Report on lock hospitals in British Burma
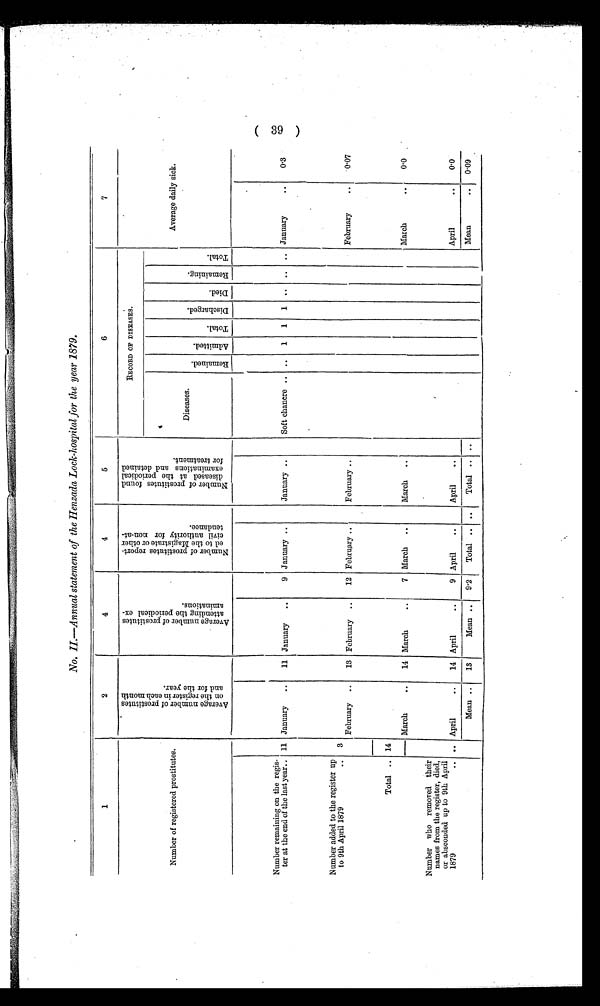
No. II—Annual statement of the Henzada Lock-hospital for the year 1879.
1
2
3 4
5
6
7
Number of registered prostitutes.
A v e r a g e n u m b e r o f p r o s t i t u t e s o n t h e r e g i s t e r i n e a c h m o n t h a n d f o r t h e y e a r
A v e r a g e n u m b e r o f p r o s t i t u t e s a t t e n d i n g t h e p e r i o d i c a l a m i n a t i o n s .
N u m b e r o f p r o s t i t u t e s r e p o r t e d t o t h e M a g i s t r a t e o r o t h e r c i v i l a u t h o r i t y f o r n o n a t t e n d a n c e .
N u m b e r p r o s t i t u t e s f o u n d d i s e a s e d a t t h e p e r i o d i c a l e x a m i n a t i o n a n d d e t a i n e d f o r t r e a t m e n t .
RECORD 0F' DISEASES.
Average daily sick.
Diseases.
R e m a i n e d
A d m i t e d .
T o t a l .
D i s c h a r g e d .
D i e d .
R e m a i n i n g
T o t a l .
Number remaining on the regis-
ter at the end of the last year.. 11 January
..
11 January
..
9 January ..
January ..
Soft chancre .. ..
1
1
1 .. .. .. January
. .
0.3
Number added to the register up
to 9th April 1879
.. 3
February ..
13 February ..
12 February ..
February ..
February
..
0.07
Total .. 14
March
. .
14 March
. .
7 March ..
March ..
March
. .
0.0 .
Number who removed their
names from the register, died,
or absconded up to 9th April
1879
.. .. April
. .
14 April
..
9 April
..
April
..
April
..
0.0
Mean ..
13
Mean ..
9°2
Total .. ..
Total .. ..
Mean
..
0.09
( 39 )